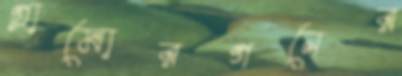
গ্লামোরগনের